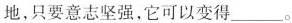
地，只要意志坚强，它可以变得___。